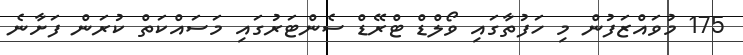
175 މުވައްޒަފުން މި ހަފުތާގައި ވޯލްޑް ޓްރޭޑް ސެންޓަރުގައި މަސައްކަތް ކުރަން ފަށާނެ